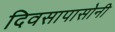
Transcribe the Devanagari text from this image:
दिवसापासोनी